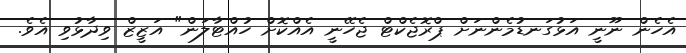
އެހެން ނޫނީ އަޅުގަނޑުމެންނަށް ޕްރޮޖެކްޓް ޖެހޭނީ އެއްކޮށް ހުއްޓާލަން" އަޒީޒް ވިދާޅުވި އެވެ.